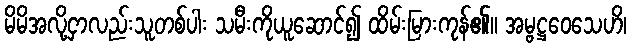
မိမိအလို့ငှာလည်းသူတစ်ပါး သမီးကိုယူဆောင်၍ ထိမ်းမြားကုန်၏။ အမ္ဗဋ္ဌဝေသေဟိ၊